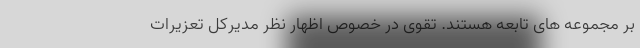
بر مجموعه های تابعه هستند. تقوی در خصوص اظهار نظر مدیرکل تعزیرات